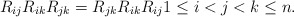
\begin{gather*} R_{ij} R_{ik} R_{jk}=R_{jk} R_{ik} R_{ij} 1 \le i < j < k\le n.\end{gather*}